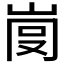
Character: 𡸍